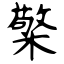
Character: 檠